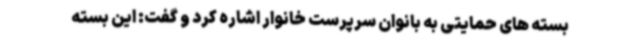
بسته های حمایتی به بانوان سرپرست خانوار اشاره کرد و گفت: این بسته